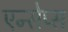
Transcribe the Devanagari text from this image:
एन्सेप्स